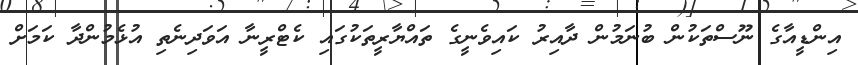
އިންޑީއާގެ ނޫސްތަކުން ބުނަމުން ދާއިރު ކައިވެނީގެ ތައްޔާރީތަކުގައި ކެޓްރީނާ އަވަދިނެތި އުޅެމުންދާ ކަމަށް